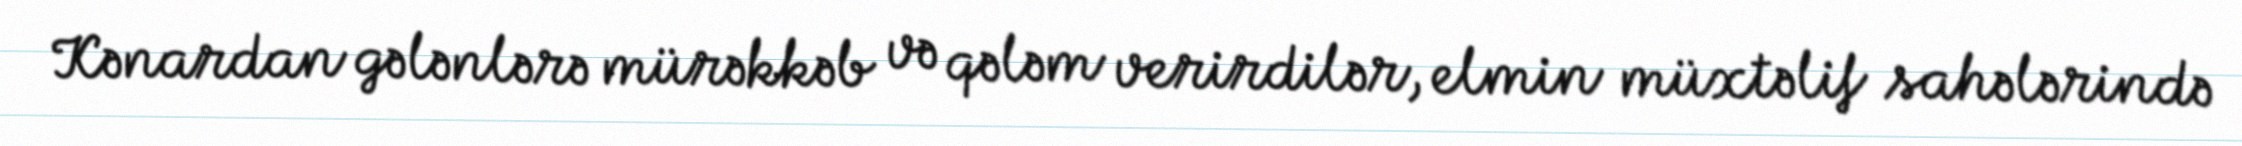
Kənardan gələnlərə mürəkkəb və qələm verirdilər, elmin müxtəlif sahələrində